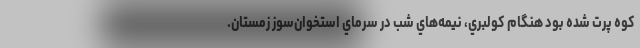
كوه پرت شده بود هنگام كولبري، نيمه‌هاي شب در سرماي استخوان‌سوز زمستان.